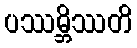
ပဿမ္ဘိဿတိ